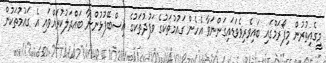
މީގެއިތުރުން މިފޯރަމްގައި ބައިވެރިވެވަޑައިގަންނަވާ އެހެން ގައުމުތަކުގެ ވަފުދުތަކުގެ އިސްބޭފުޅުންނާ ބައްދަލުކުރައްވައި އެ ގައުމުތަކުން